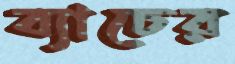
ব্যাচের